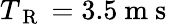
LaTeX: T_{\mathrm{~R~}}=3.5\mathrm{~m~s~}